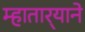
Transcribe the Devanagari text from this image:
म्हातार्‍याने